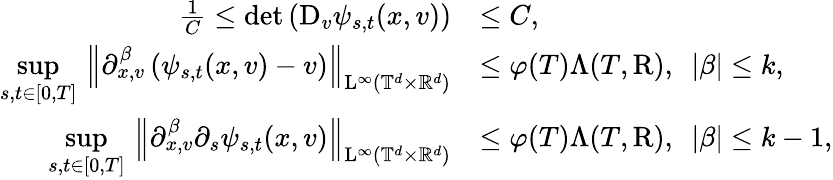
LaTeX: \begin{array}{rl}{\frac{1}{C}\leq\mathrm{det}\left(\mathrm{D}_{v}\psi_{s,t}(x,v)\right)}&{\leq C,}\\ {\underset{s,t\in[0,T]}{\operatorname*{sup}}\, \left\Vert\partial_{x,v}^{\beta}\left(\psi_{s,t}(x,v)-v\right)\right\Vert_{\mathrm{L}^{\infty}(\mathbb T^{d}\times\mathbb R^{d})}}&{\leq\varphi(T)\Lambda(T,\mathrm{R}),\ \ \vert\beta\vert\leq k,}\\ {\underset{s,t\in[0,T]}{\operatorname*{sup}}\, \left\Vert\partial_{x,v}^{\beta}\partial_{s}\psi_{s,t}(x,v)\right\Vert_{\mathrm{L}^{\infty}(\mathbb T^{d}\times\mathbb R^{d})}}&{\leq\varphi(T)\Lambda(T,\mathrm{R}),\ \ \vert\beta\vert\leq k-1,}\end{array}